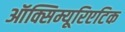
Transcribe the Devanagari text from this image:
ऑक्सिम्यूरिएटिक